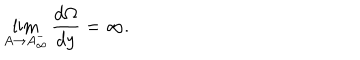
\lim _ { A \rightarrow A _ { \infty } ^ { - } } \frac { d \Omega } { d y } = \infty .